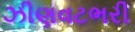
ઝીણવટભરી